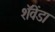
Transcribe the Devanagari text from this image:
शॅवेंडा